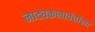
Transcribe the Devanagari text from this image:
नाट्यकलावंतांला